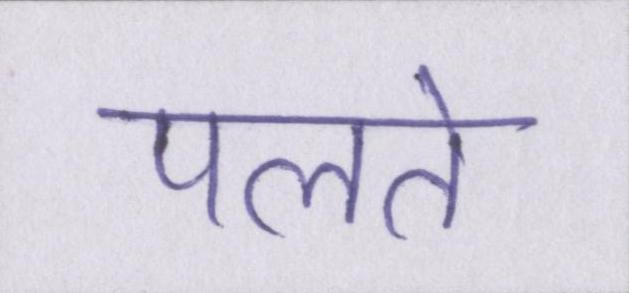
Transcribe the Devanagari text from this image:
पलते